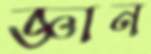
জ্ঞান